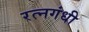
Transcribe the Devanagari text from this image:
रत्नगंधी